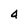
Character: 4